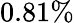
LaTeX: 0.81\%